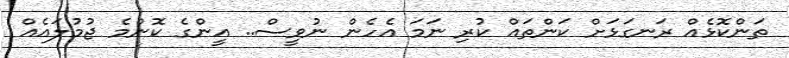
ތަންކޮޅެއް ރަނގަޅަށް ކަންތައް ކުރި ނަމަ އެހެން ނުވީސް.. އީންގެ ކޮންމެ ޖުމުލައެއް